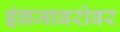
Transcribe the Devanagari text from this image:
इंग्रजाबरोबर